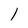
Character: l